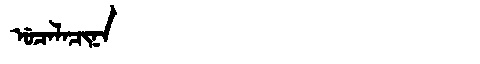
Manchu: ᡠᠴᠠᠯᠠᠴᡳᠨᠠ
Romanization: UCALACINA